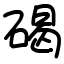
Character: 碣